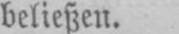
beließen.